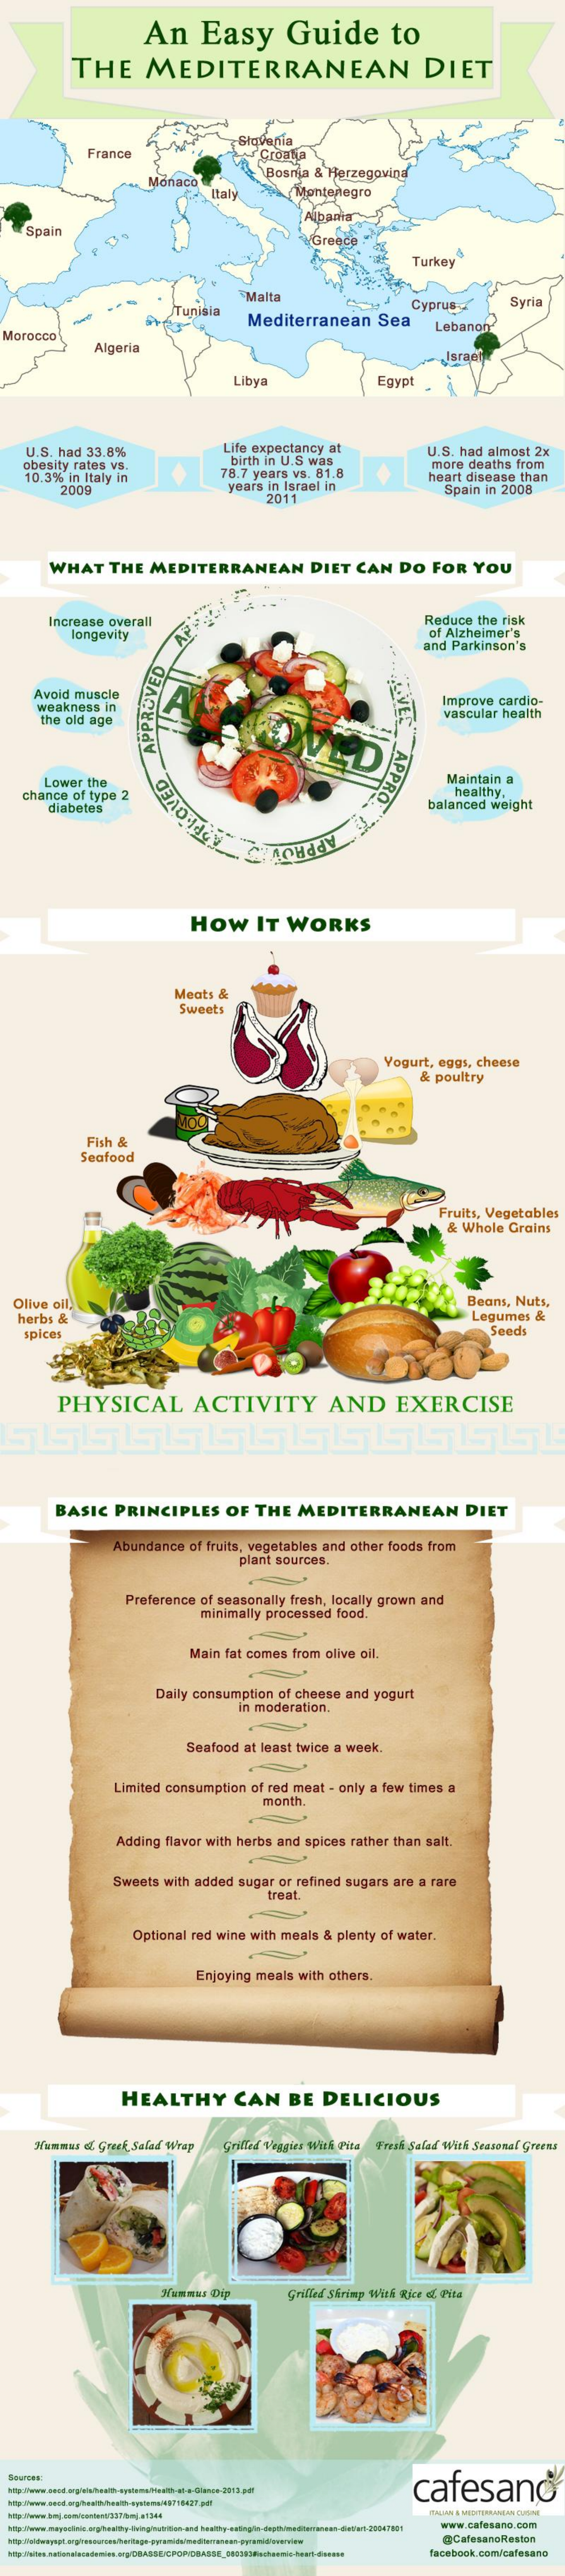
An    Easy    Guide    to
     THE    MEDITERRANEAN    DIET
     France
     Slovenia
     Croatia
     Monaco
     Bosnia & Herzegovina
     Italy    Montenegro
     Albania
    Spair
     Turkey"
     Malta
     Tunisia
     Mediterranean    Sea
     Cyprus    Syria
  Morocco
     Lebanon?
     Algeria    Isract
     Libya    Egypt
    U.S. had 33.8%    Life expectancy at
     birth in U.S was
     U.S. had almost 2x
   obesity rates vs.
    10.3% in Italy in    78.7 years vs. 81.8
     more deaths from
     2009    years in Israel in
     heart disease than
     2011
     Spain in 2008
     WHAT    THE  MEDITERRANEAN    DIET   CAN   DO  FOR   YOU
     Increase overall    Reduce the risk
     longevity    of Alzheimer's
     and Parkinson's
     Avoid muscle
     weakness  in    Improve cardio-
     the old age
     vascular health
     APPRO
     APPROVED
     Lower the    Maintain a
   chance of type 2    healthy,
     diabetes    balanced weight SPLOVED
     APPROV
     HOW    IT  WORKS
     Meats &
     Sweets
     Yogurt, eggs, cheese
     & poultry
     Fish &
     Seafood
     Fruits, Vegetables
     & Whole  Grains
  Olive oil,    Beans, Nuts,
   herbs &    Legumes &
    spices    Seeds
     PHYSICAL    ACTIVITY    AND    EXERCISE
     BASIC  PRINCIPLES    OF  THE   MEDITERRANEAN    DIET
     Abundance of fruits, vegetables and other foods from
     plant sources.
     Preference of seasonally fresh, locally grown and
     minimally processed food.
     Main fat comes from olive oil.
     Daily consumption of cheese and yogurt
     in moderation.
     Seafood at least twice a week.
     Limited consumption of red meat - only a few times a
     month.
     Adding flavor with herbs and spices rather than salt.
     Sweets with added sugar or refined sugars are a rare
     treat
     Optional red wine with meals & plenty of water.
     Enjoying meals with others.
     HEALTHY    CAN    BE   DELICIOUS
     Nunmas of Greek Salad Wrap Grilled Veggies With Pite Fresh Salad With Seasonal Greens
     =
     Grilled Shrimp With Rice df Pita
     cafesand
     www.cafesano.com
     @CafesatoReston
     facebook.com/cafesano